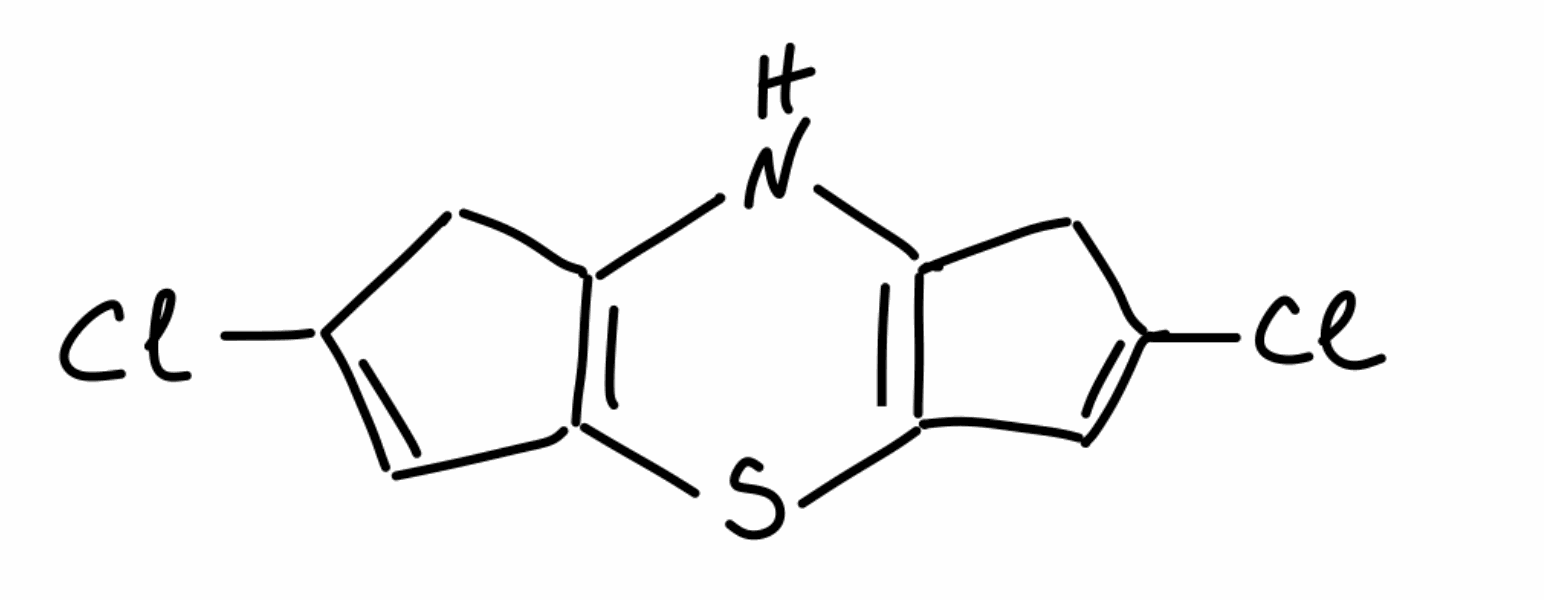
Simplified molecular-input line-entry system (SMILES) notation of the given molecule:
C1C(=CC2=C1NC3=C(S2)C=C(C3)Cl)Cl